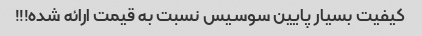
کیفیت بسیار پایین سوسیس نسبت به قیمت ارائه شده!!!